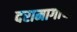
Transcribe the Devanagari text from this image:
दरामागाचा